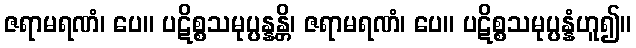
ဇရာမရဏံ၊ ပေ။ ပဋိစ္စသမုပ္ပန္နန္တိ၊ ဇရာမရဏံ၊ ပေ။ ပဋိစ္စသမုပ္ပန္နံဟူ၍။